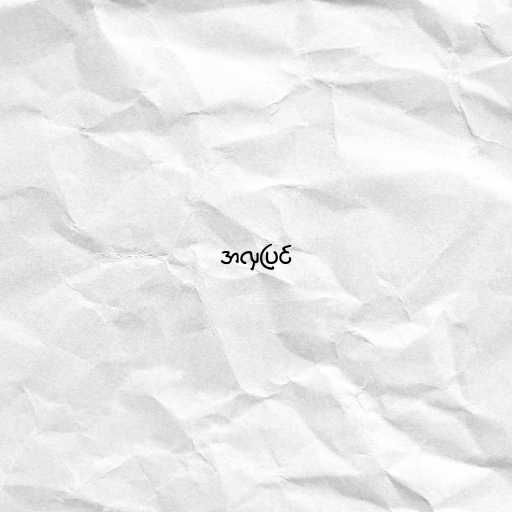
အလှပြင်